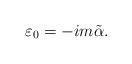
LaTeX: \begin{align*}\varepsilon_0 = -i m \tilde{\alpha}.\end{align*}